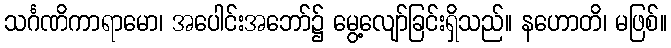
သင်္ဂဏိကာရာမော၊ အပေါင်းအဘော်၌ မွေ့လျော်ခြင်းရှိသည်။ နဟောတိ၊ မဖြစ်။